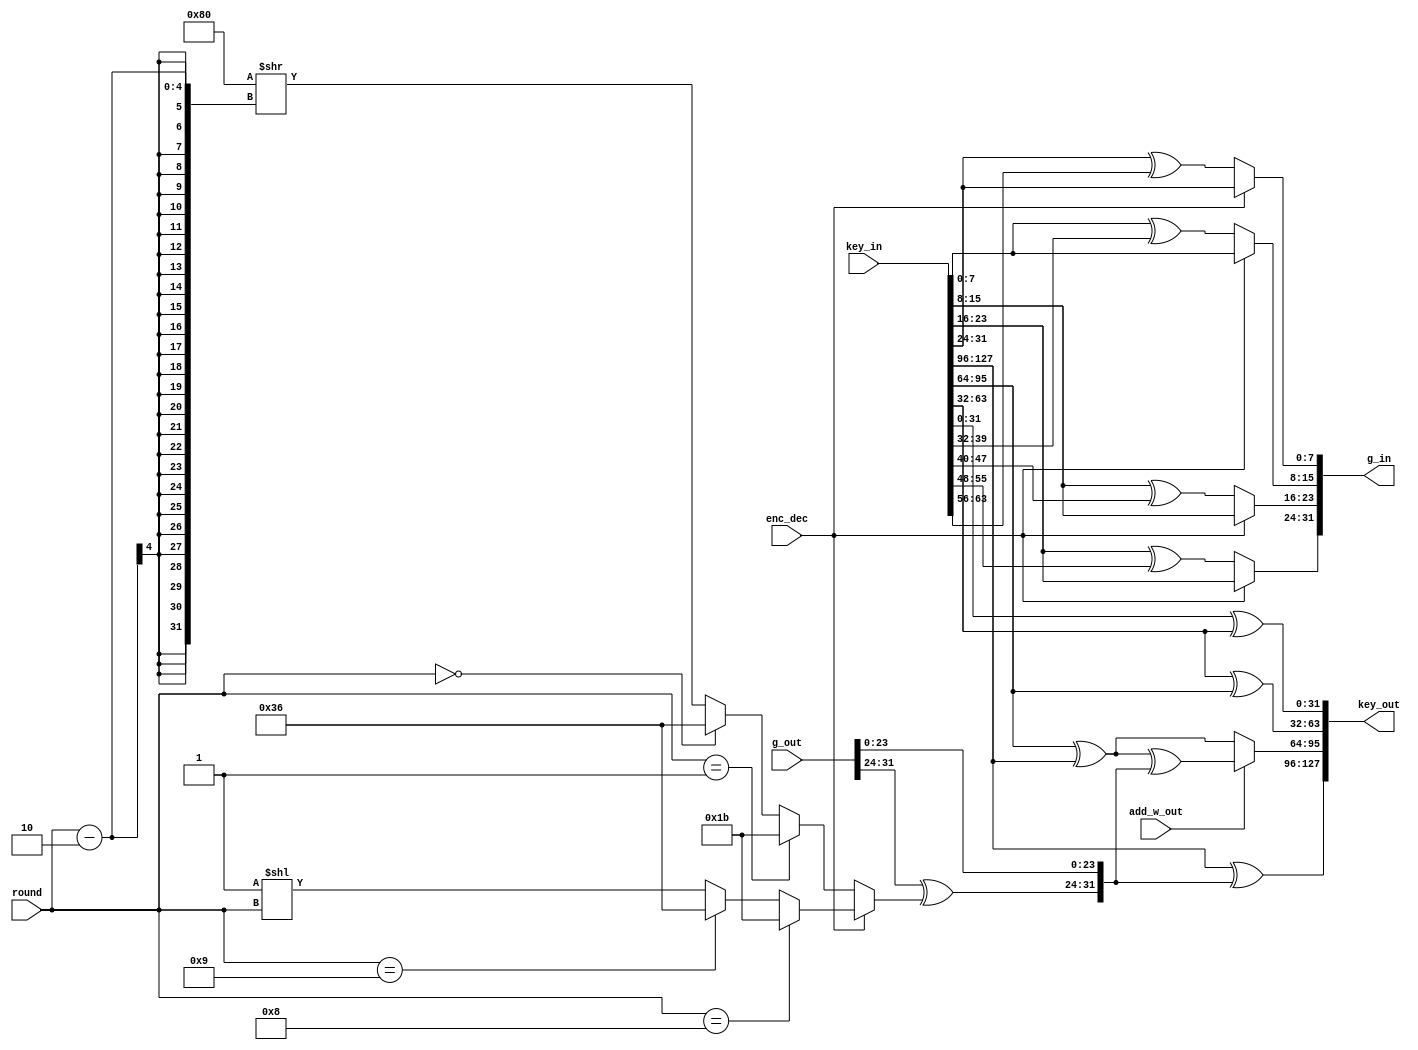
module key_expander
(
	// OUTPUTS
	output  [127:0] key_out,
	output  [ 31:0] g_in,
	// INPUTS
	input  [ 31:0] g_out,
	input  [127:0] key_in,
	input  [  3:0] round,
	input add_w_out,
	input enc_dec
);

localparam integer KEY_WIDTH = 32;
localparam integer KEY_NUM   = 4;
localparam integer WORD      = 8;
localparam integer ROUNDS    = 10;

wire  [KEY_WIDTH - 1 : 0] key   [0 : KEY_NUM - 1];
wire  [     WORD - 1 : 0] rot_in[0 : KEY_NUM - 1];
wire  [KEY_WIDTH - 1 : 0] g_func;
reg   [     WORD - 1 : 0] rc_dir, rc_inv;
wire  [     WORD - 1 : 0] rc;

//=====================================================================================
// Key Generation
//=====================================================================================
generate
	genvar i;
	for(i = 0; i < KEY_NUM; i = i + 1)
	begin:KG
			assign key[KEY_NUM - 1 - i] = key_in[KEY_WIDTH*(i + 1) - 1 : KEY_WIDTH*i];
	end
endgenerate

//=====================================================================================
// Key Out Generation
//=====================================================================================
generate
	genvar j;
	for(j = 0; j < KEY_NUM; j = j + 1)
	begin:KGO
			if(j == 0)
				assign key_out[KEY_WIDTH*(KEY_NUM - j) - 1 : KEY_WIDTH*(KEY_NUM - j - 1)] = key[j] ^ g_func;
			else
				if(j == 1)
					assign key_out[KEY_WIDTH*(KEY_NUM - j) - 1 : KEY_WIDTH*(KEY_NUM - j - 1)] = (add_w_out) ? key[j] ^ key[j - 1] ^ g_func : key[j] ^ key[j - 1];
				else
					assign key_out[KEY_WIDTH*(KEY_NUM - j) - 1 : KEY_WIDTH*(KEY_NUM - j - 1)] = key[j] ^ key[j - 1];
	end
endgenerate

//=====================================================================================
// G Function Input Generation
//=====================================================================================
generate
	genvar k;
	for(k = 0; k < KEY_NUM; k = k + 1)
	begin:GFIG
		assign rot_in[k] = (enc_dec) ? key[KEY_NUM - 1][WORD*(k + 1) - 1 : WORD*k] : key[KEY_NUM - 1][WORD*(k + 1) - 1 : WORD*k] ^ key[KEY_NUM - 2][WORD*(k + 1) - 1 : WORD*k];
	end
endgenerate

generate
	genvar l;
	for(l = 0; l < KEY_NUM; l = l + 1)
	begin:GFIG1
		assign g_in[WORD*(l + 1) - 1 : WORD*l] = rot_in[(KEY_NUM + l - 1)%KEY_NUM];
	end
endgenerate

//=====================================================================================
// G Functin Output Processsing
//=====================================================================================
assign g_func = {g_out[KEY_WIDTH - 1 : KEY_WIDTH - WORD] ^ rc, g_out[KEY_WIDTH - WORD - 1 : 0]};

assign rc = (enc_dec) ? rc_dir : rc_inv;

always @(*)
	begin: RC_DIR
		integer i;
		for(i = 0; i < ROUNDS; i = i + 1)
			if(round == 8)
				rc_dir = 8'h1b;
			else 
			if(round == 9)
				rc_dir = 8'h36;
			else
				rc_dir = 8'h01 << round;
	end

always @(*)
	begin: RC_INV
		integer i;
		for(i = 0; i < ROUNDS; i = i + 1)
			if(round == 1)
				rc_inv = 8'h1b;
			else 
			if(round == 0)
				rc_inv = 8'h36;
			else
				rc_inv = 8'h80 >> (round - 2);
	end
endmodule